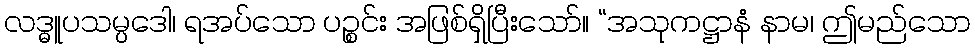
လဒ္ဓူပသမ္ပဒေါ၊ ရအပ်သော ပဉ္စင်း အဖြစ်ရှိပြီးသော်။ “အသုကဋ္ဌာနံ နာမ၊ ဤမည်သော